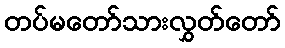
တပ်မတော်သားလွှတ်တော်